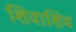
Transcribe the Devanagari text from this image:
शिवाशिव